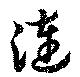
漣